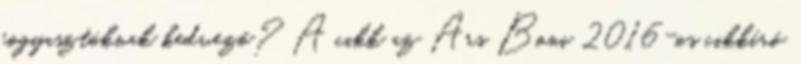
fogyasztóknak kedvező? A cikk az Ars Boni 2016-os cikkíró